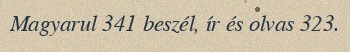
Magyarul 341 beszél, ír és olvas 323.